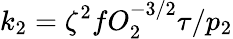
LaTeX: k_{2}=\zeta^{2}fO_{2}^{-3/2}\tau/p_{2}